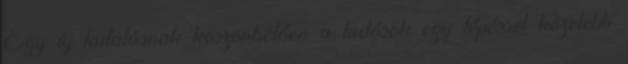
Egy új kutatásnak köszönhetően a tudósok egy lépéssel közelebb